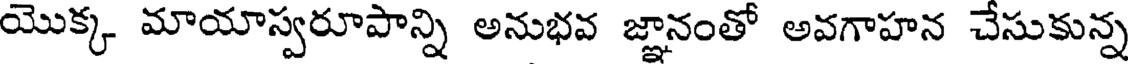
యొక్క మాయాస్వరూపాన్ని అనుభవ జ్ఞానంతో అవగాహన చేసుకున్న